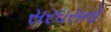
સરઘસનો